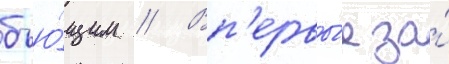
бью́щим // Вп'ервы́е за́